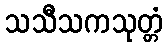
သသီသကသုတ္တံ